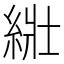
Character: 𦀜